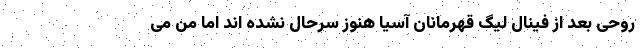
روحی بعد از فینال لیگ قهرمانان آسیا هنوز سرحال نشده اند اما من می